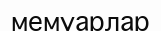
мемуарлар